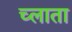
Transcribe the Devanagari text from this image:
च्लाता